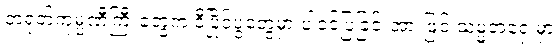
တရုတ်ကုမ္ပဏီကြီးတွေက ဒီပြိုင်ပွဲတွေမှာ ပါဝင်ပြခြင်းအားဖြင့် သမ္မတရှေ့မှာ